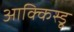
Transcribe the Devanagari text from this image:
आक्किस्डू